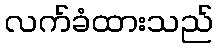
လက်ခံထားသည်